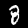
Label: 8